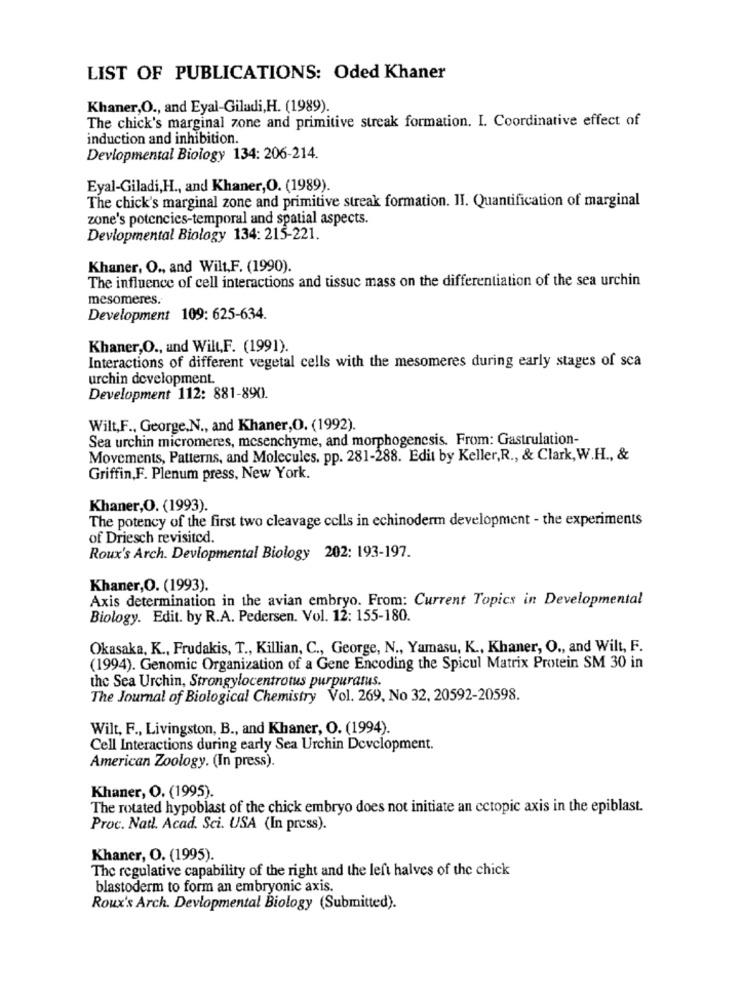
LIST OF PUBLICATIONS: Oded Khaner
Khaner,O ., and Eyal-Giladi, H. (1989).
The chick's marginal zone and primitive streak formation. I. Coordinative effect of
induction and inhibition.
Devlopmental Biology 134: 206-214.
Eyal-Giladi,H ., and Khaner,O. (1989).
The chick's marginal zone and primitive streak formation. II. Quantification of marginal
zone's potencies-temporal and spatial aspects.
Devlopmental Biology 134: 215-221.
Khaner, O ., and Wilt,F. (1990).
The influence of cell interactions and tissuc mass on the differentiation of the sea urchin
mesomeres.
Development 109: 625-634.
Khaner,O ., and Will,F. (1991).
Interactions of different vegetal cells with the mesomeres during early stages of sca
urchin development.
Development 112: 881-890.
Wilt,F ., George,N ., and Khaner,O. (1992).
Sea urchin micromeres, mesenchyme, and morphogencsis. From: Gastrulation-
Movements, Patterns, and Molecules, pp. 281-288. Edit by Keller, R ., & Clark, W.H ., &
Griffin,F. Plenum press, New York.
Khaner,O. (1993).
The potency of the first two cleavage cells in echinoderm development - the experiments
of Driesch revisited.
Roux's Arch. Deviopmental Biology 202: 193-197.
Khaner,O. (1993).
Axis determination in the avian embryo. From: Current Topics in Developmental
Biology. Edit. by R.A. Pedersen. Vol. 12: 155-180.
Okasaka, K ., Frudakis, T ., Killian, C ., George, N ., Yamasu, K ., Khaner, O ., and Wilt, F.
(1994). Genomic Organization of a Gene Encoding the Spicul Matrix Protein SM 30 in
the Sea Urchin, Strongylocentrotus purpuratus.
The Journal of Biological Chemistry Vol. 269, No 32, 20592-20598.
Wilt, F ., Livingston, B ., and Khaner, O. (1994).
Cell Interactions during early Sea Urchin Development.
American Zoology. (In press).
Khaner, O. (1995).
The rotated hypoblast of the chick embryo does not initiate an cctopic axis in the epiblast.
Proc. Natl. Acad. Sci. USA (In press).
Khaner, O. (1995).
The regulative capability of the right and the left halves of the chick
blastoderm to form an embryonic axis.
Roux's Arch. Devlopmental Biology (Submitted).